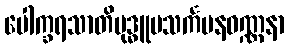
ပေါက္ခရသာတိဗုဒ္ဓူပသင်္ကမနဝဏ္ဏနာ